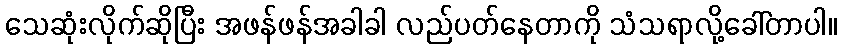
သေဆုံးလိုက်ဆိုပြီး အဖန်ဖန်အခါခါ လည်ပတ်နေတာကို သံသရာလို့ခေါ်တာပါ။